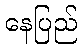
နေပြည်